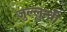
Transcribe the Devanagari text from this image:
जुल्लुन्ध्री